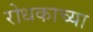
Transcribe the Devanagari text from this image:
रोधकाच्या